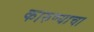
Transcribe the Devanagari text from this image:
कारुण्याचा